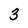
Character: 3